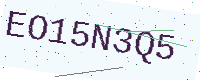
Text: EO15N3Q5